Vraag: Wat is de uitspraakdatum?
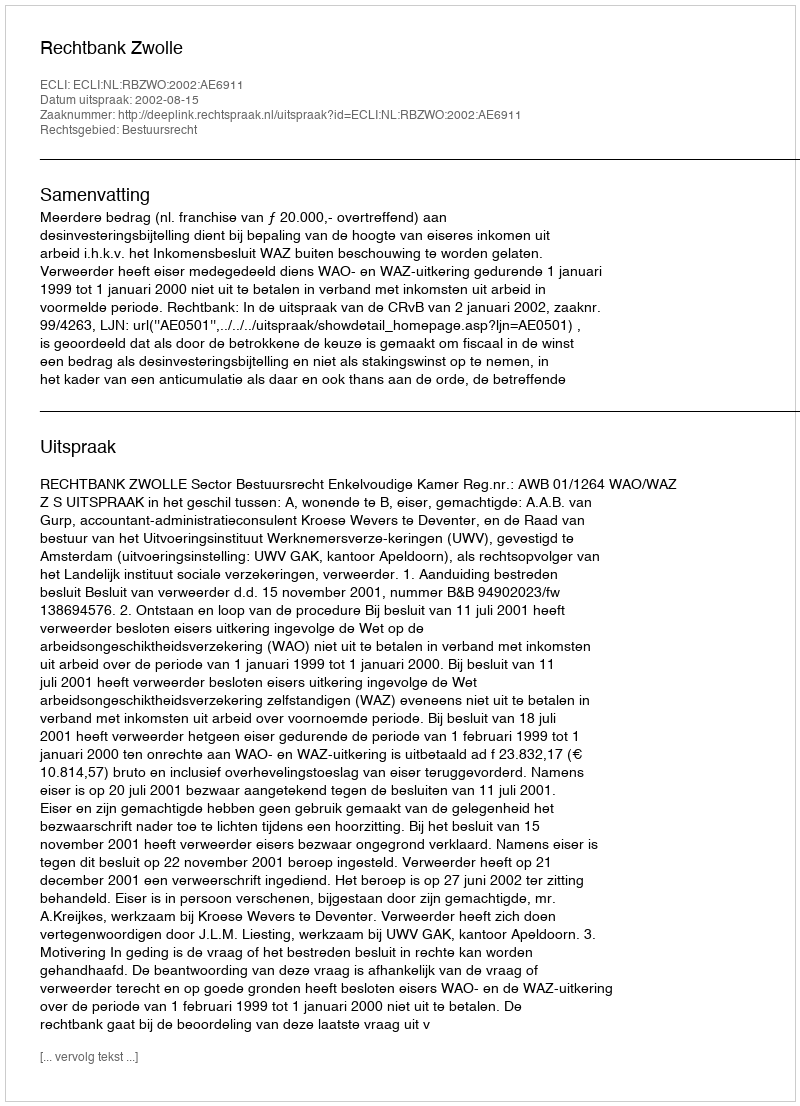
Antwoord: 2002-08-15